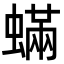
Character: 蟎